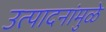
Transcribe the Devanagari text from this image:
उत्पादनांमुळे